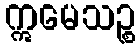
ဣမေသဉ္စ